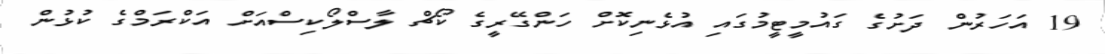
19 އަހަރުން ދަށުގެ ގައުމީޓީމުގައި އުޅެނިކޮށް ހަންގޭރީގެ ކޯޗް ލާސްލޯކިސްއަށް އަކްރަމްގެ ކުޅުން